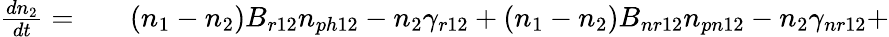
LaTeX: \begin{array}{rlr}{\frac{dn_{2}}{dt}=}&{{}}&{(n_{1}-n_{2})B_{r12}n_{ph12}-n_{2}\gamma_{r12}+(n_{1}-n_{2})B_{nr12}n_{pn12}-n_{2}\gamma_{nr12}+}\end{array}